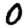
Digit: 0